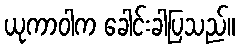
ယုကာဝါက ခေါင်းခါပြသည်။